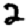
Digit: 2